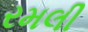
રમલી